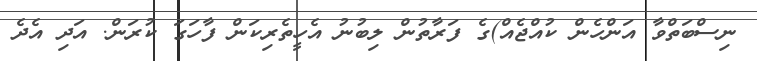
ނިސްބަތްވާ އަންހެން ކުއްޖެއް)ގެ ފަރާތުން ލިބުނު އެހީތެރިކަން ފާހަގަ ކުރަން. އަދި އެދެ